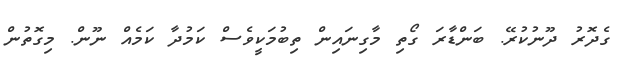
ގެދޮރު ދޫނުކުރޭ. ބަންޑާރަ ގޯތި މާގިނައިން ތިބުމަކީވެސް ކަމުދާ ކަމެއް ނޫން. މިގޮތުން